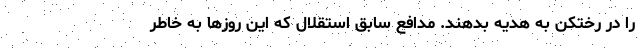
را در رختکن به هدیه بدهند. مدافع سابق استقلال که این روزها به خاطر